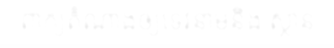
ពាក្យតំណាងឲ្យទេវនាមនិង ស្ថាន